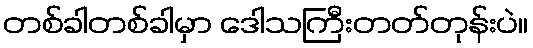
တစ်ခါတစ်ခါမှာ ဒေါသကြီးတတ်တုန်းပဲ။